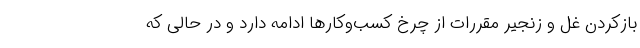
بازکردن غل و زنجیر مقررات از چرخ کسب‌وکارها ادامه دارد و در حالی که